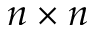
n \times n